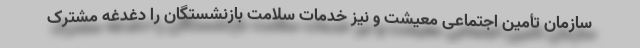
سازمان تأمین اجتماعی معیشت و نیز خدمات سلامت بازنشستگان را دغدغه مشترک